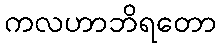
ကလဟာဘိရတော